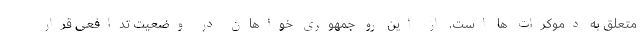
متعلق به دموکرات ها است. از این رو جمهوری خواهان در وضعیت تدافعی قرار